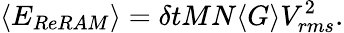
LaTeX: \langle E_{ReRAM}\rangle=\delta tMN\langle G\rangle V_{rms}^{2}.